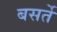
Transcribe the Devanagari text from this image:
बसर्ते